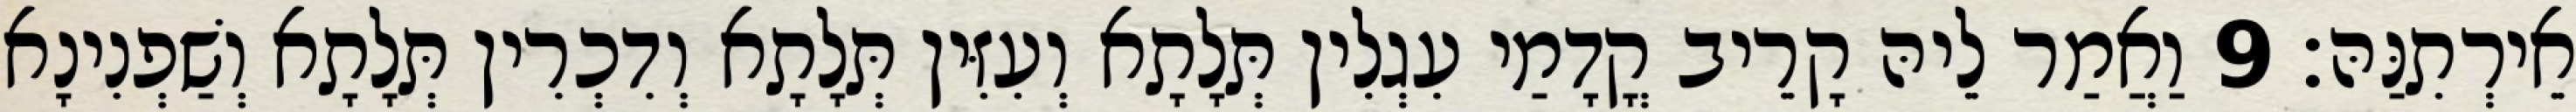
אֵירְתִנַּהּ׃ 9 וַאֲמַר לֵיהּ קָרֵיב קֳדָמַי עִגְלִין תְּלָתָא וְעִזִּין תְּלָתָא וְדִכְרִין תְּלָתָא וְשַׁפְנִינָא